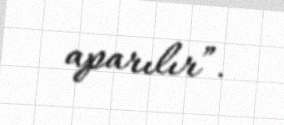
aparılır”.